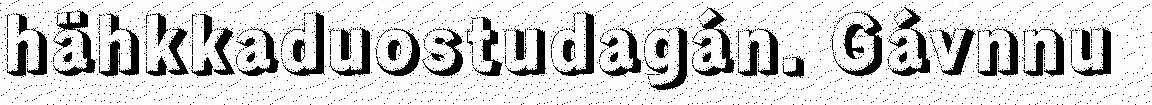
hähkkaduostudagán. Gávnnu